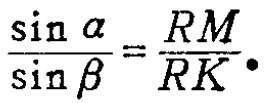
\(\frac{\sin \alpha}{\sin \beta}=\frac{RM}{RK} \)